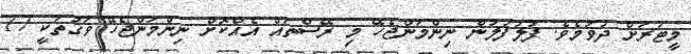
މީޓަރަށް ދުވުމެވެ. ފުލުފުލުން ނިންމަންޖެހޭ މި ރޭސްތައް އެއްކޮށް ނިންމަންޖެހޭ ވަގުތަކީ 17